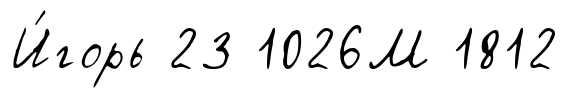
И́горь 23 1026М 1812